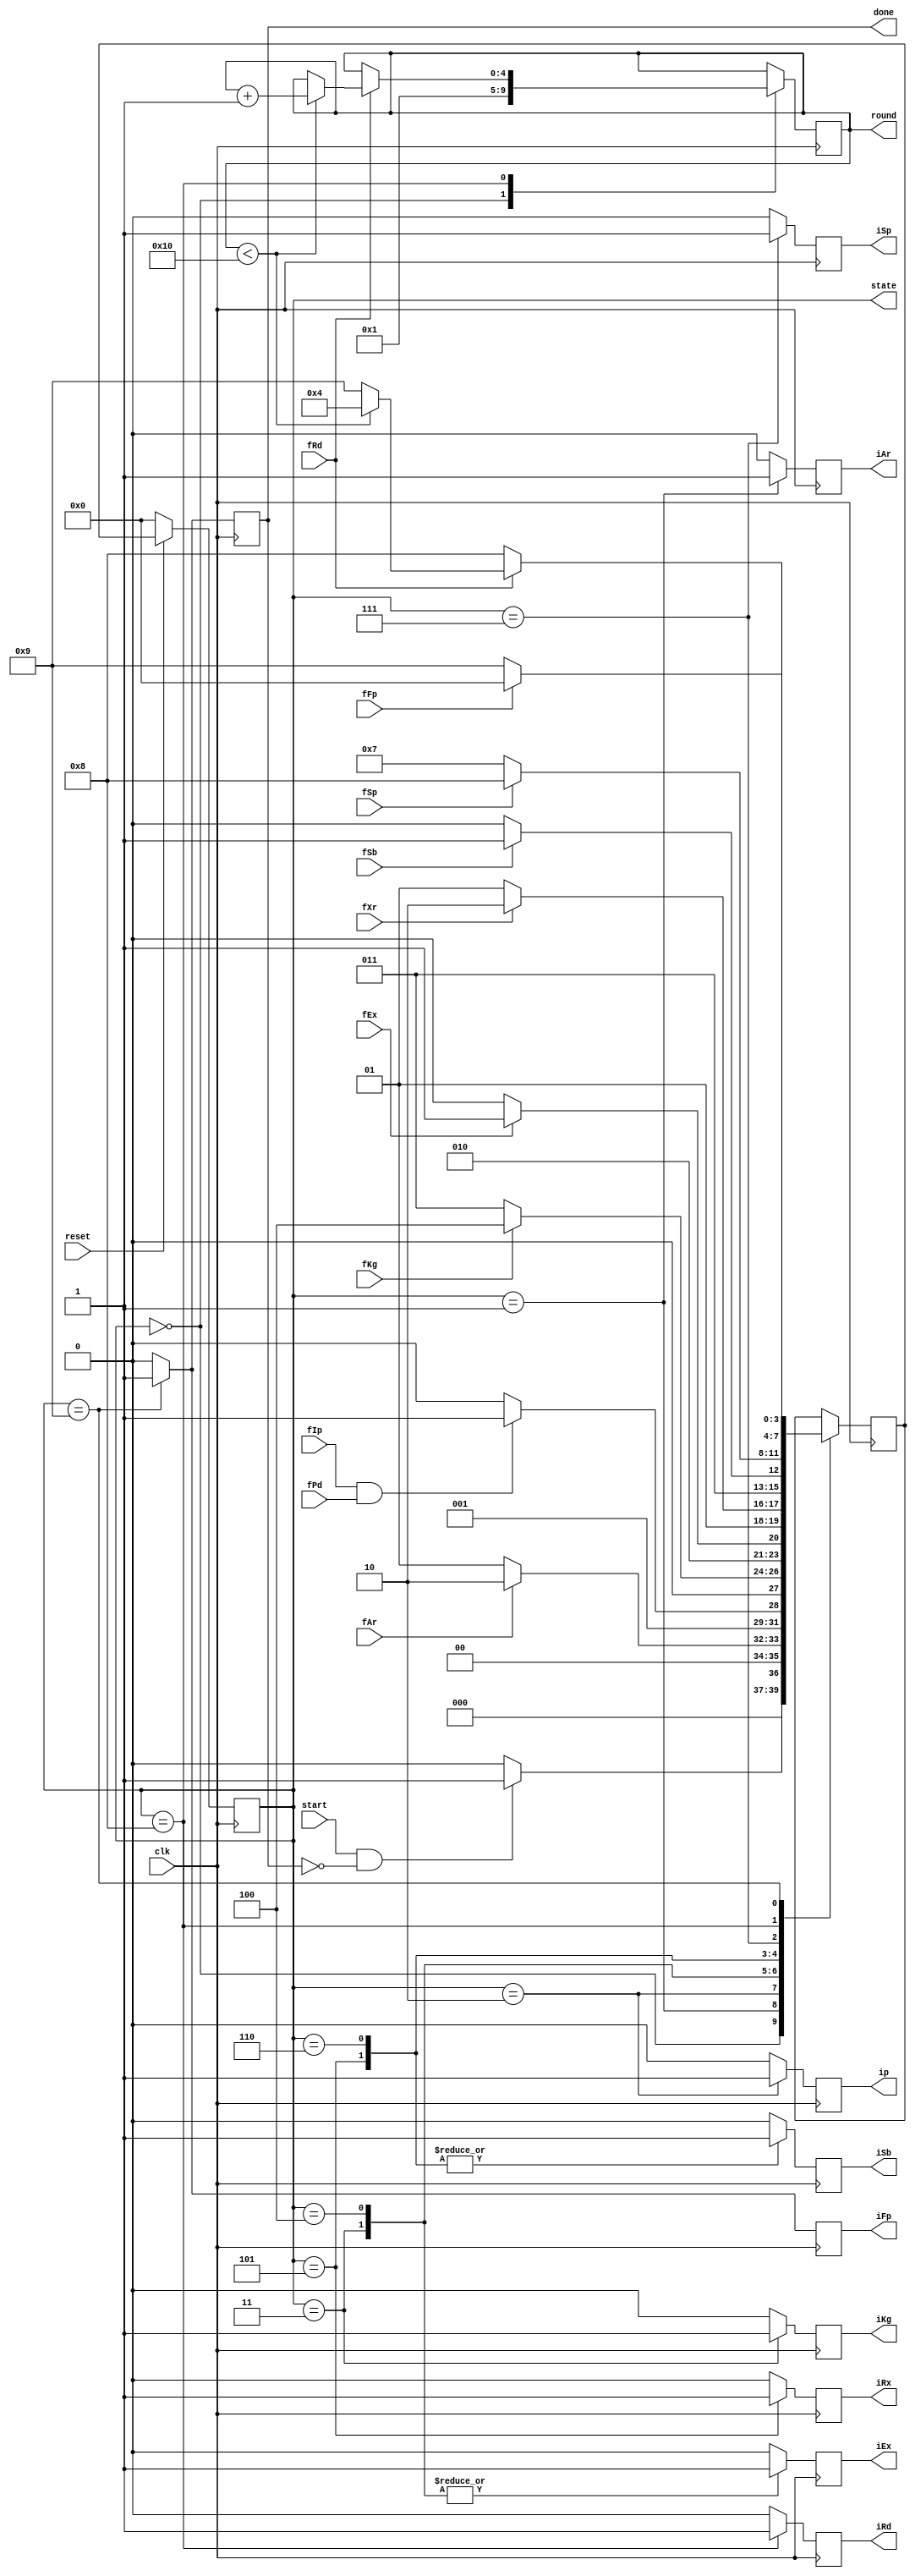

module Control(
	 output reg iAr, ip, iFp, iKg, iRd, iEx, iRx, iSb, iSp, done,
	 input clk, start, reset, 
			 fAr, fIp, fPd, fKg, fRd, fEx, fXr, fSb, fSp, fFp,
	 output reg [4:0] round,
	 output reg [3:0] state
    );

	parameter [3:0] S0 = 4'b0000;  	// Wait: wait for st (st is 1 for one clock cycle)
	parameter [3:0] S1 = 4'b0001; 		// initial permutation and parity drop	
	parameter [3:0] S2 = 4'b0010;  	// generate subKey (left shift)
	parameter [3:0] S3 = 4'b0011;		// compress subkey 48-bit
	parameter [3:0] S4 = 4'b0100;		// round function (expansion)
	parameter [3:0] S5 = 4'b0101;		// round function (s-box)
	parameter [3:0] S6 = 4'b0110;		// round function (Straight p-box)
	parameter [3:0] S7 = 4'b0111;		// round function (end of round)
	parameter [3:0] S8 = 4'b1000;		// final permutation
	parameter [3:0] S9 = 4'b1001;
	
	reg [3:0] nextState;
//	initial begin
//		round <= 0;
//	end
//	always @(posedge clk) begin
//		case (state)
//		S0: round <=1;
//		S7: if (round < 16 && fRd) round <= round + 1;
//		endcase
//	end
	
	always @(negedge clk) begin
		if (reset == 1'b0)  // Active low reset
			state <= S0;
		else 
			state <= nextState;
	end

	// set next state 
	always @(posedge clk) begin
		case(state)
			// ideal state
			S0: begin
				 round <=1;
				 if(start & ~ done) nextState <= S1; 
				 else   nextState <= S0;
				 end
			// initialize Sbox Arrays
			S1: begin if(fAr ) nextState <= S2;
						 else nextState <= S1;
				 end
			S2: begin if(fIp && fPd) nextState <= S3;
				 else nextState <= S2;
				 end
			// key generation: 16 subkeys
			S3: begin if(fKg) nextState <= S4;
				 else nextState <= S3;
				 end
			// key generation (compression)
//			S3: begin if(fKg) nextState = S4;
//				 else nextState = S3;
//				 end
			// round expation box
			S4: begin if (fEx) nextState <= S5;
				 else nextState <= S4;
				 end
			S5: begin if (fXr) nextState = S6;
				 else nextState = S5;
				 end
			// round s-box 
			S6: begin if (fSb) nextState <= S7;
				 else nextState <= S6;
				 end
			// round Straigt permutation
			S7: begin if (fSp) nextState <= S8;
				 else nextState <= S7;
				 end
			// end of round
			S8: begin if (fRd) begin
					if (round < 16) begin
						round <= round + 1;
						nextState <= S4;
					end else nextState <= S9;
				 end else nextState <= S8;
				end
			// final permutation
			S9: begin 
					if (fFp) begin
						nextState = S0;
					end
					else nextState = S9;
				 end
				 
		endcase
	end
	
		// Generate contro signals
	always @(posedge clk) begin
//	ip, iFp, iKg, iRdW
		iAr <= 1'b0;
		ip <= 1'b0;
		iFp <= 1'b0;
		iKg <= 1'b0;
		iRd <= 1'b0;
		iEx <= 1'b0;
		iRx <= 1'b0;
		iSb <= 1'b0;
		iSp <= 1'b0;
		done = 1'b0;
	 case(state) 
		S0: begin
			iAr <= 1'b0;
			ip <= 1'b0;
			iFp <= 1'b0;
			iKg <= 1'b0;
			iRd <= 1'b0;
			iEx <= 1'b0;
			iRx <= 1'b0;
			iSb <= 1'b0;
			iSp <= 1'b0;
			done <= 1'b0;
		end
		S1: begin
			iAr <= 1'b1;
			ip <= 1'b0;
			iFp <= 1'b0;
			iKg <= 1'b0;
			iRd <= 1'b0;
			iEx <= 1'b0;
			iRx <= 1'b0;
			iSb <= 1'b0;
			iSp <= 1'b0;
		end
		S2: begin
			iAr <= 1'b0;
			ip <= 1'b1;
			iFp <= 1'b0;
			iKg <= 1'b0;
			iRd <= 1'b0;
			iEx <= 1'b0;
			iRx <= 1'b0;
			iSb <= 1'b0;
			iSp <= 1'b0;
		end
		S3: begin
			iAr <= 1'b0;
			ip <= 1'b0;
			iFp <= 1'b0;
			iKg <= 1'b1;
			iRd <= 1'b0;
			iEx <= 1'b1;
			iRx <= 1'b0;
			iSb <= 1'b0;
			iSp <= 1'b0;
		end
		S4: begin
			iAr <= 1'b0;
			ip <= 1'b0;
			iFp <= 1'b0;
			iKg <= 1'b0;
			iRd <= 1'b0;
			iEx <= 1'b1;
			iRx <= 1'b0;
			iSb <= 1'b0;
			iSp <= 1'b0;
		end
		S5: begin
			iAr <= 1'b0;
			ip <= 1'b0;
			iFp <= 1'b0;
			iKg <= 1'b0;
			iRd <= 1'b0;
			iEx <= 1'b0;
			iRx <= 1'b1;
			iSb <= 1'b1;
			iSp <= 1'b0;
		end
		S6: begin
			iAr <= 1'b0;
			ip <= 1'b0;
			iFp <= 1'b0;
			iKg <= 1'b0;
			iRd <= 1'b0;
			iEx <= 1'b0;
			iRx <= 1'b0;
			iSb <= 1'b1;
			iSp <= 1'b0;
		end
		S7: begin
			iAr <= 1'b0;
			ip <= 1'b0;
			iFp <= 1'b0;
			iKg <= 1'b0;
			iRd <= 1'b0;
			iEx <= 1'b0;
			iSb <= 1'b0;
			iSp <= 1'b1;
		end
		S8: begin
			iAr <= 1'b0;
			ip <= 1'b0;
			iFp <= 1'b0;
			iKg <= 1'b0;
			iRd <= 1'b1;
			iEx <= 1'b0;
			iSb <= 1'b0;
			iSp <= 1'b0;
			done <= 1'b0;
		end
		S9: begin
			iAr <= 1'b0;
			ip <= 1'b0;
			iFp <= 1'b1;
			iKg <= 1'b0;
			iRd <= 1'b0;
			iEx <= 1'b0;
			iSb <= 1'b0;
			iSp <= 1'b0;
			done <= 1'b1;
		end
	 endcase
	end
	
endmodule